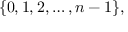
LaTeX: \{ 0 , 1 , 2 , \dots , n - 1 \} ,